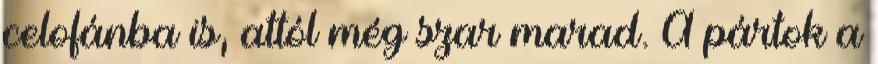
celofánba is, attól még szar marad. A pártok a